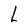
Character: L